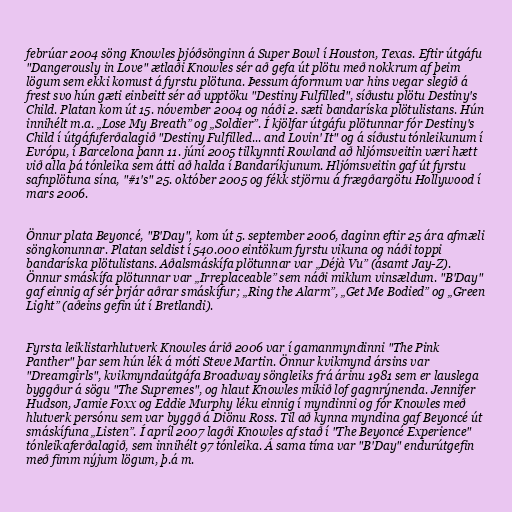
febrúar 2004 söng Knowles þjóðsönginn á Super Bowl í Houston, Texas. Eftir útgáfu
"Dangerously in Love" ætlaði Knowles sér að gefa út plötu með nokkrum af þeim
lögum sem ekki komust á fyrstu plötuna. Þessum áformum var hins vegar slegið á
frest svo hún gæti einbeitt sér að upptöku "Destiny Fulfilled", síðustu plötu Destiny's
Child. Platan kom út 15. nóvember 2004 og náði 2. sæti bandaríska plötulistans. Hún
innihélt m.a. „Lose My Breath” og „Soldier”. Í kjölfar útgáfu plötunnar fór Destiny's
Child í útgáfuferðalagið "Destiny Fulfilled... and Lovin' It" og á síðustu tónleikunum í
Evrópu, í Barcelona þann 11. júní 2005 tilkynnti Rowland að hljómsveitin væri hætt
við alla þá tónleika sem átti að halda í Bandaríkjunum. Hljómsveitin gaf út fyrstu
safnplötuna sína, "#1's" 25. október 2005 og fékk stjörnu á frægðargötu Hollywood í
mars 2006.

Önnur plata Beyoncé, "B'Day", kom út 5. september 2006, daginn eftir 25 ára afmæli
söngkonunnar. Platan seldist í 540.000 eintökum fyrstu vikuna og náði toppi
bandaríska plötulistans. Aðalsmáskífa plötunnar var „Déjà Vu” (ásamt Jay-Z).
Önnur smáskífa plötunnar var „Irreplaceable” sem náði miklum vinsældum. "B'Day"
gaf einnig af sér þrjár aðrar smáskífur; „Ring the Alarm”, „Get Me Bodied” og „Green
Light” (aðeins gefin út í Bretlandi).

Fyrsta leiklistarhlutverk Knowles árið 2006 var í gamanmyndinni "The Pink
Panther" þar sem hún lék á móti Steve Martin. Önnur kvikmynd ársins var
"Dreamgirls", kvikmyndaútgáfa Broadway söngleiks frá árinu 1981 sem er lauslega
byggður á sögu "The Supremes", og hlaut Knowles mikið lof gagnrýnenda. Jennifer
Hudson, Jamie Foxx og Eddie Murphy léku einnig í myndinni og fór Knowles með
hlutverk persónu sem var byggð á Diönu Ross. Til að kynna myndina gaf Beyoncé út
smáskífuna „Listen”. Í apríl 2007 lagði Knowles af stað í "The Beyoncé Experience"
tónleikaferðalagið, sem innihélt 97 tónleika. Á sama tíma var "B'Day" endurútgefin
með fimm nýjum lögum, þ.á m.